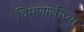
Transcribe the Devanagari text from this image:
चिमणाजींच्या